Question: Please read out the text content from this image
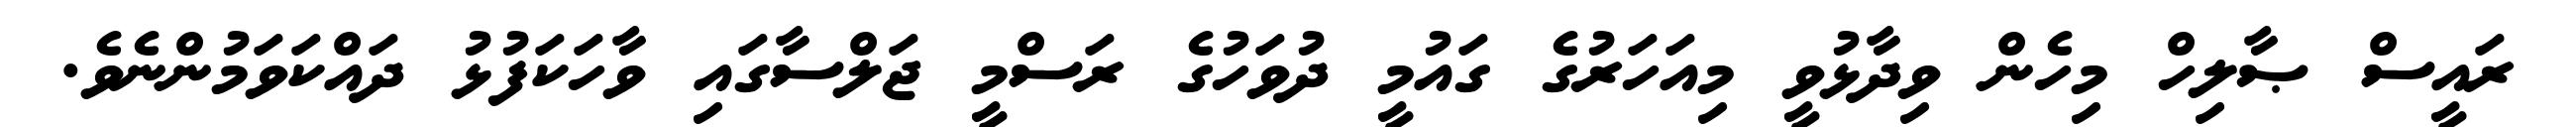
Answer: ރައީސް ޞާލިހް މިހެން ވިދާޅުވީ މިއަހަރުގެ ގައުމީ ދުވަހުގެ ރަސްމީ ޖަލްސާގައި ވާހަކަފުޅު ދައްކަވަމުންނެވެ.